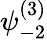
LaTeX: \psi_{-2}^{(3)}